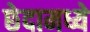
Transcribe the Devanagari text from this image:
छेदामध्ये